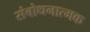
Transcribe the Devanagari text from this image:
संबोधनात्मक